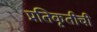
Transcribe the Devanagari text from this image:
प्रतिकृतीची